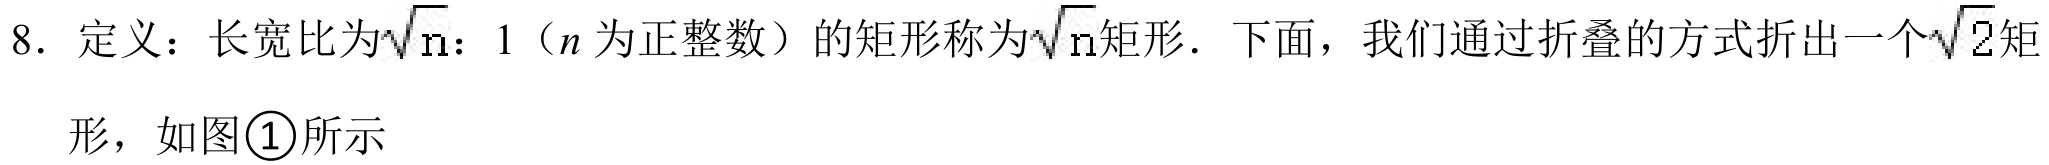
8. 定义：长宽比为\(\sqrt{n}:1\)（\(n\)为正整数）的矩形称为\(\sqrt{n}\)矩形．下面，我们通过折叠的方式折出一个\(\sqrt{2}\)矩形，如图\textcircled{1}所示